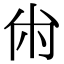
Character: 㡀